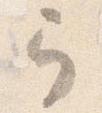
弓